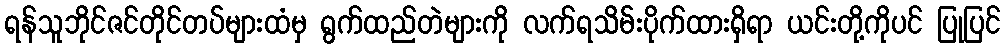
ရန်သူဘိုင်ဇင်တိုင်တပ်များထံမှ ရွက်ထည်တဲများကို လက်ရသိမ်းပိုက်ထားရှိရာ ယင်းတို့ကိုပင် ပြုပြင်